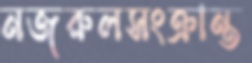
নজরুলসংক্রান্ত